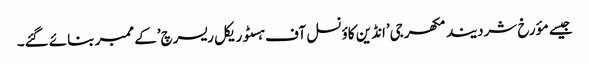
جیسے مؤرخ شردیند مکھرجی’انڈین کاؤنسل آف ہسٹوریکل ریسرچ’کے ممبر بنائے گئے۔